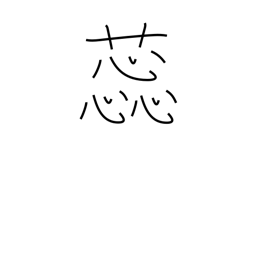
Meaning: stamen